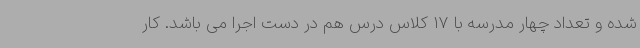
شده و تعداد چهار مدرسه با 17 کلاس درس هم در دست اجرا می باشد. کار